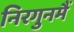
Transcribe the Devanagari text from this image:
निरगुनमैं